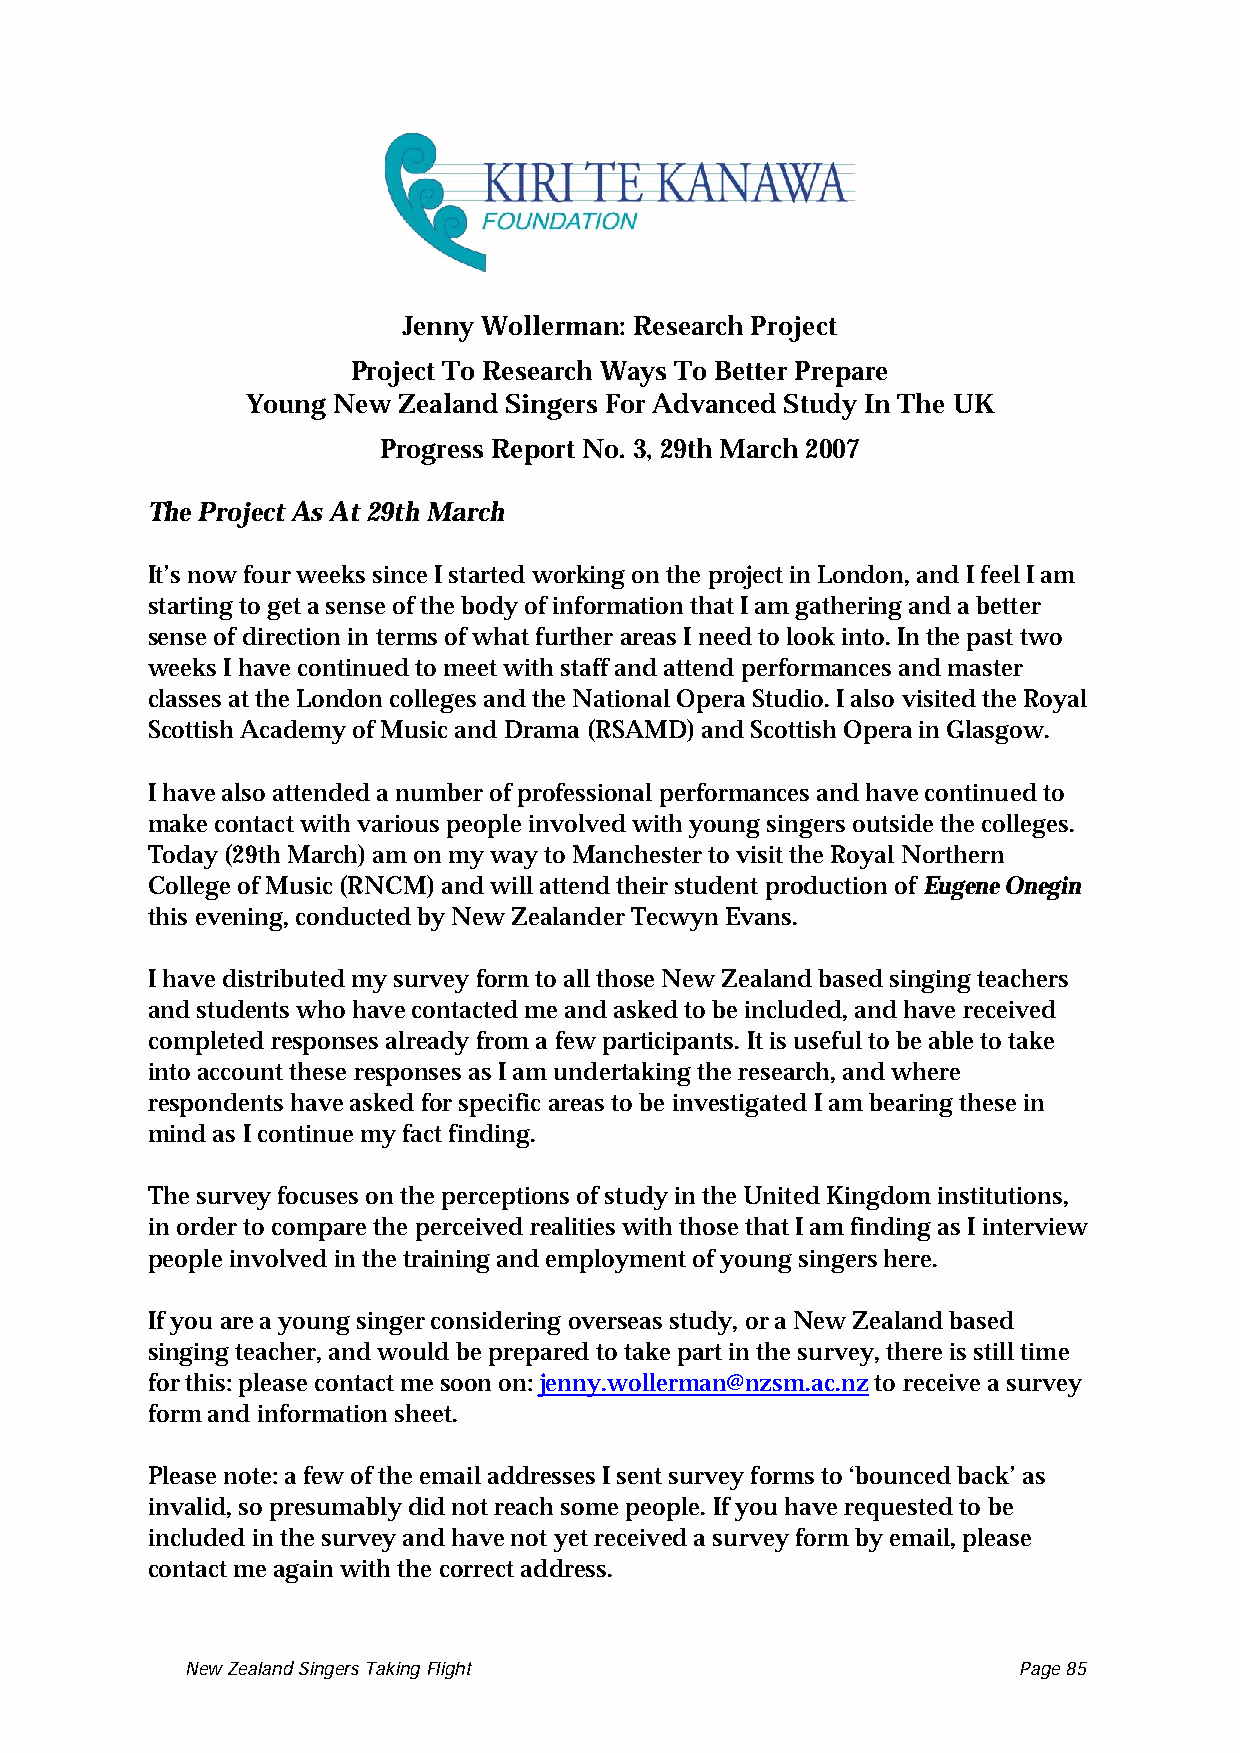
Jenny Wollerman: Research Project
 Project To Research Ways To Better Prepare
 Young New Zealand Singers For Advanced Study In The UK
 Progress Report No. 3, 29th March 2007
 The Project As At 29th March
 It’s now four weeks since I started working on the project in London, and I feel I am
 starting to get a sense of the body of information that I am gathering and a better
 sense of direction in terms of what further areas I need to look into. In the past two
 weeks I have continued to meet with staff and attend performances and master
 classes at the London colleges and the National Opera Studio. I also visited the Royal
 Scottish Academy of Music and Drama (RSAMD) and Scottish Opera in Glasgow.
 I have also attended a number of professional performances and have continued to
 make contact with various people involved with young singers outside the colleges.
 Today (29th March) am on my way to Manchester to visit the Royal Northern
 College of Music (RNCM) and will attend their student production of Eugene Onegin
 this evening, conducted by New Zealander Tecwyn Evans.
 I have distributed my survey form to all those New Zealand based singing teachers
 and students who have contacted me and asked to be included, and have received
 completed responses already from a few participants. It is useful to be able to take
 into account these responses as I am undertaking the research, and where
 respondents have asked for specific areas to be investigated I am bearing these in
 mind as I continue my fact finding.
 The survey focuses on the perceptions of study in the United Kingdom institutions,
 in order to compare the perceived realities with those that I am finding as I interview
 people involved in the training and employment of young singers here.
 If you are a young singer considering overseas study, or a New Zealand based
 singing teacher, and would be prepared to take part in the survey, there is still time
 for this: please contact me soon on: jenny.wollerman@nzsm.ac.nz to receive a survey
 form and information sheet.
 Please note: a few of the email addresses I sent survey forms to ‘bounced back’ as
 invalid, so presumably did not reach some people. If you have requested to be
 included in the survey and have not yet received a survey form by email, please
 contact me again with the correct address.
 New Zealand Singers Taking Flight Page 85